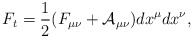
\begin{align*}F_t = \frac{1}{2} (F_{\mu \nu} + {\cal A}_{\mu \nu}) dx^{\mu}dx^{\nu},\end{align*}